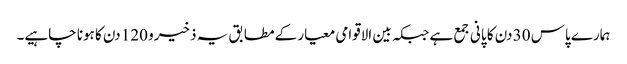
ہمارے پاس 30 دن کا پانی جمع ہے جبکہ بین الاقوامی معیار کے مطابق یہ ذخیرو 120 دن کا ہونا چاہیے۔